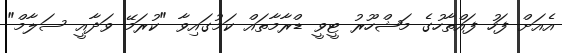
އެއަށް ފަހު ފައްތާހުގެ މަޝްހޫރު ޓީވީ ޑްރާމާތައް ކަމުގައިވާ "ކުރަމޭ ވަދާއީ ސަލާމް"